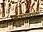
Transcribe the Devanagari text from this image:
वकीलाला